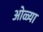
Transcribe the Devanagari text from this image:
ओळ्या